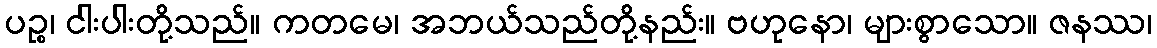
ပဉ္စ၊ ငါးပါးတို့သည်။ ကတမေ၊ အဘယ်သည်တို့နည်း။ ဗဟုနော၊ များစွာသော။ ဇနဿ၊